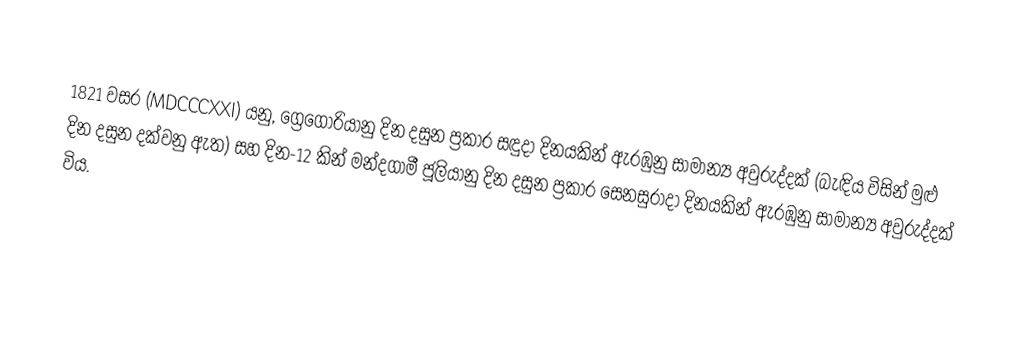

1821 වසර (MDCCCXXI) යනු, ග්‍රෙගෝරියානු දින දසුන ප්‍රකාර සඳුදා දිනයකින් ඇරඹුනු සාමාන්‍ය අවුරුද්දක් (බැඳිය විසින් මුළු දින දසුන දක්වනු ඇත) සහ දින-12 කින් මන්දගාමී ජූලියානු දින දසුන ප්‍රකාර සෙනසුරාදා දිනයකින් ඇරඹුනු සාමාන්‍ය අවුරුද්දක් විය.